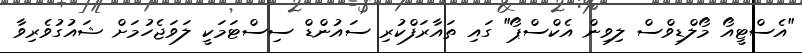
"އެސްޓީއޯ މޯލްޑިވްސް ލިވިން އެކްސްޕޯ" ގައި ތައާރަފްކުރި ސައުންޑް ސިސްޓަމަކީ ލަވަޖެހުމަށް ޝައުގުވެރިވާ